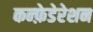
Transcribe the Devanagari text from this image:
कन्फ़ेडेरेशन